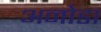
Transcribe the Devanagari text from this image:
अनोडा